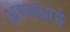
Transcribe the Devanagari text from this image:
अचक्ज़ाई